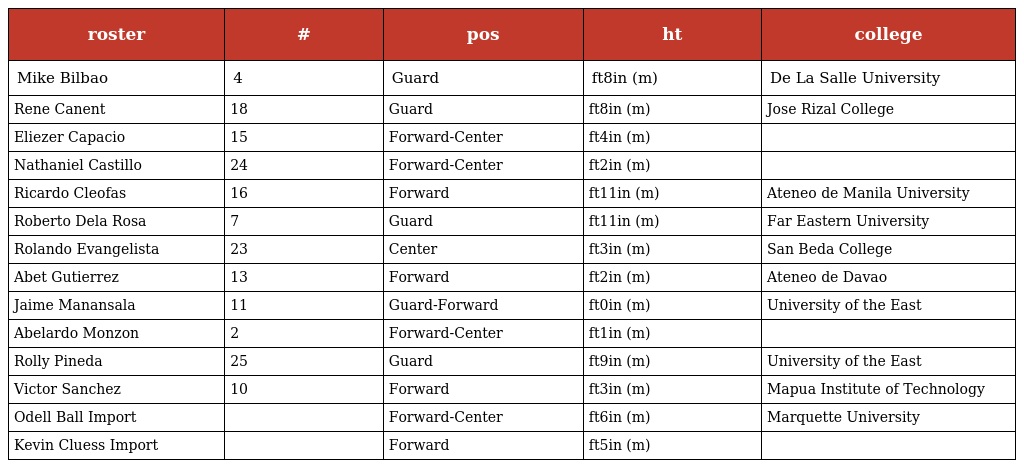
| roster | # | pos | ht | college |
 | --- | --- | --- | --- | --- |
 | Mike Bilbao | 4 | Guard | ft8in (m) | De La Salle University |
 | Rene Canent | 18 | Guard | ft8in (m) | Jose Rizal College |
 | Eliezer Capacio | 15 | Forward-Center | ft4in (m) |  |
 | Nathaniel Castillo | 24 | Forward-Center | ft2in (m) |  |
 | Ricardo Cleofas | 16 | Forward | ft11in (m) | Ateneo de Manila University |
 | Roberto Dela Rosa | 7 | Guard | ft11in (m) | Far Eastern University |
 | Rolando Evangelista | 23 | Center | ft3in (m) | San Beda College |
 | Abet Gutierrez | 13 | Forward | ft2in (m) | Ateneo de Davao |
 | Jaime Manansala | 11 | Guard-Forward | ft0in (m) | University of the East |
 | Abelardo Monzon | 2 | Forward-Center | ft1in (m) |  |
 | Rolly Pineda | 25 | Guard | ft9in (m) | University of the East |
 | Victor Sanchez | 10 | Forward | ft3in (m) | Mapua Institute of Technology |
 | Odell Ball Import |  | Forward-Center | ft6in (m) | Marquette University |
 | Kevin Cluess Import |  | Forward | ft5in (m) |  |